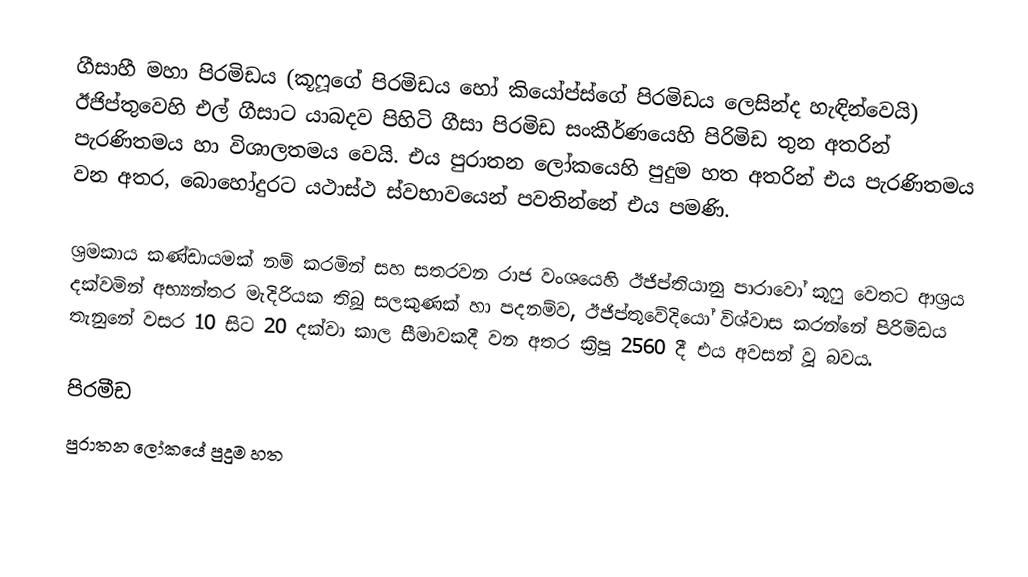
ගීසාහී මහා පිරමිඩය (කූෆූගේ පිරමිඩය හෝ කියෝප්ස්ගේ පිරමිඩය ලෙසින්ද හැඳින්වෙයි) ඊජිප්තුවෙහි එල් ගීසාට යාබදව පිහිටි ගීසා පිරමිඩ සංකීර්ණයෙහි පිරිමිඩ තුන අතරින් පැරණිතමය හා විශාලතමය වෙයි. එය  පුරාතන ලෝකයෙහි පුදුම හත අතරින් එය පැරණිතමය වන අතර, බොහෝදුරට  යථාස්ථ ස්වභාවයෙන් පවතින්නේ එය පමණි.

ශ්‍රමකාය කණ්ඩායමක් නම් කරමින් සහ  සතරවන රාජ වංශයෙහි ඊජිප්තියානු පාරාවෝ කූෆු වෙතට ආශ්‍රය දක්වමින් අභ්‍යන්තර මැදිරියක තිබූ සලකුණක් හා පදනම්ව, ඊජිප්තුවේදියෝ විශ්වාස කරන්නේ පිරිමිඩය තැනුනේ වසර 10 සිට 20 දක්වා කාල සීමාවකදී වන අතර ක්‍රිපූ 2560 දී එය අවසන් වූ බවය.

පිරමීඩ
පුරාතන ලෝකයේ පුදුම හත